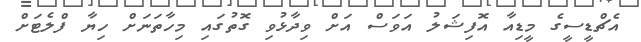
އެޗްޑީސީގެ މީޑިއާ އޮފިޝަލު އަވަސް އަށް ވިދާޅުވި ގޮތުގައި މިހާތަނަށް ހިޔާ ފްލެޓަށް